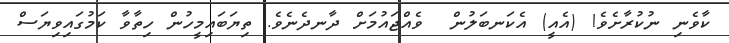
ކާވެނި ނުކުރާށެވެ! (އެއީ) އެކަނބަލުން  ވެއްޖައުމަށް ދާނދެނެވެ. ތިޔަބައިމީހުން ހިތާވާ ކަމުގައިވިޔަސް